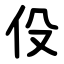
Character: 伇